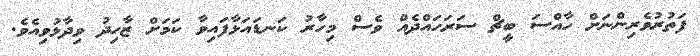
ފަތުރުވެރިންނަށް ހާއްސަ ބީޗް ސަރަހައްދެއް ވެސް މިހާރު ކަނޑައަޅާފައިވާ ކަމަށް ޒާހިދު ވިދާޅުވިއެވެ.